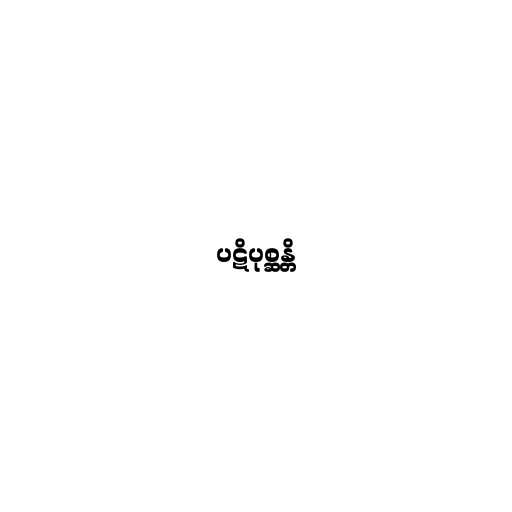
ပဋိပုစ္ဆန္တိ